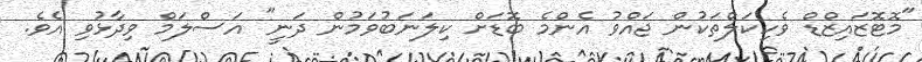
"މޮޓޮޒައިޒްޑް ވެހިކަލްތަކުން ޖައްވު އެންމެ ބޮޑަށް ކިލަނަބުވަމުން ދަނީ" އަސްލަމް ވިދާޅުވި އެވެ.